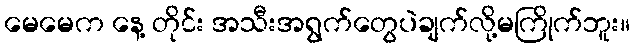
မေမေက နေ့ တိုင်း အသီးအရွက်တွေပဲချက်လို့မကြိုက်ဘူး။